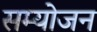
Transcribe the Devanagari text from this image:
सम्योजन